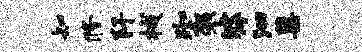
知修阡械踟袈滹泗蕖